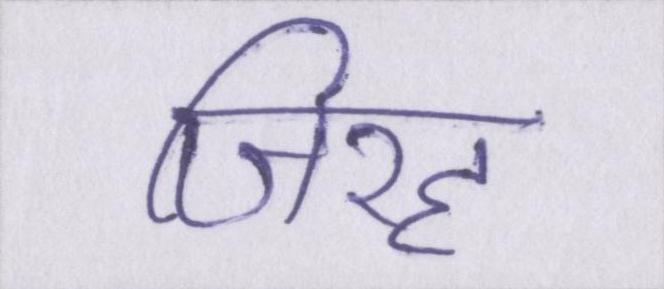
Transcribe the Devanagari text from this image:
जिरह